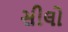
સીલો